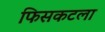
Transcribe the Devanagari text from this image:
फिसकटला